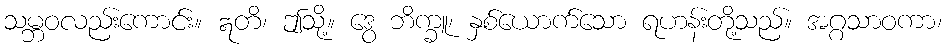
သမ္ဘဝလည်းကောင်း။ ဣတိ၊ ဤသို့။ ဒွေ ဘိက္ခူ၊ နှစ်ယောက်သော ရဟန်းတို့သည်။ အဂ္ဂသာဝကာ၊